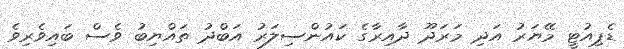
ޑެޕިއުޓީ މޭޔަރު އަދި މަރަދޫ ދާއިރާގެ ކައުންސިލަރު އަބްދު ތައްޔިބު ވެސް ބައިވެރިވެެ